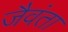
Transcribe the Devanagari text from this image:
जैवंता